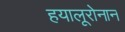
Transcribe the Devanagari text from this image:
हयालूरोनान